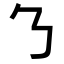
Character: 𬼁